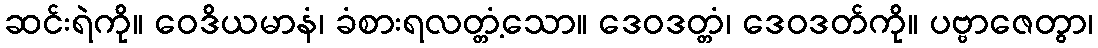
ဆင်းရဲကို။ ဝေဒိယမာနံ၊ ခံစားရလတ္တံ့သော။ ဒေဝဒတ္တံ၊ ဒေဝဒတ်ကို။ ပဗ္ဗာဇေတွာ၊